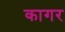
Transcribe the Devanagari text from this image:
कागर